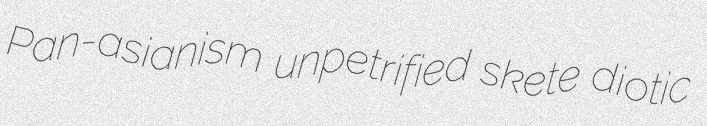
Pan-asianism unpetrified skete diotic